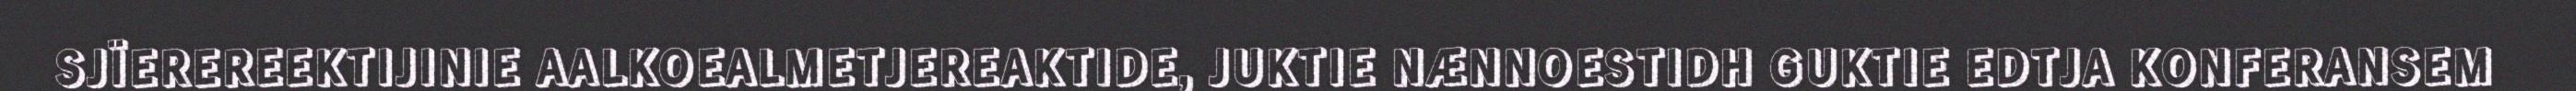
SJÏEREREEKTIJINIE AALKOEALMETJEREAKTIDE, JUKTIE NÆNNOESTIDH GUKTIE EDTJA KONFERANSEM